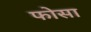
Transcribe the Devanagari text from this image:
फोसा